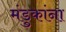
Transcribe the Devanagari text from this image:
मंडुकांना